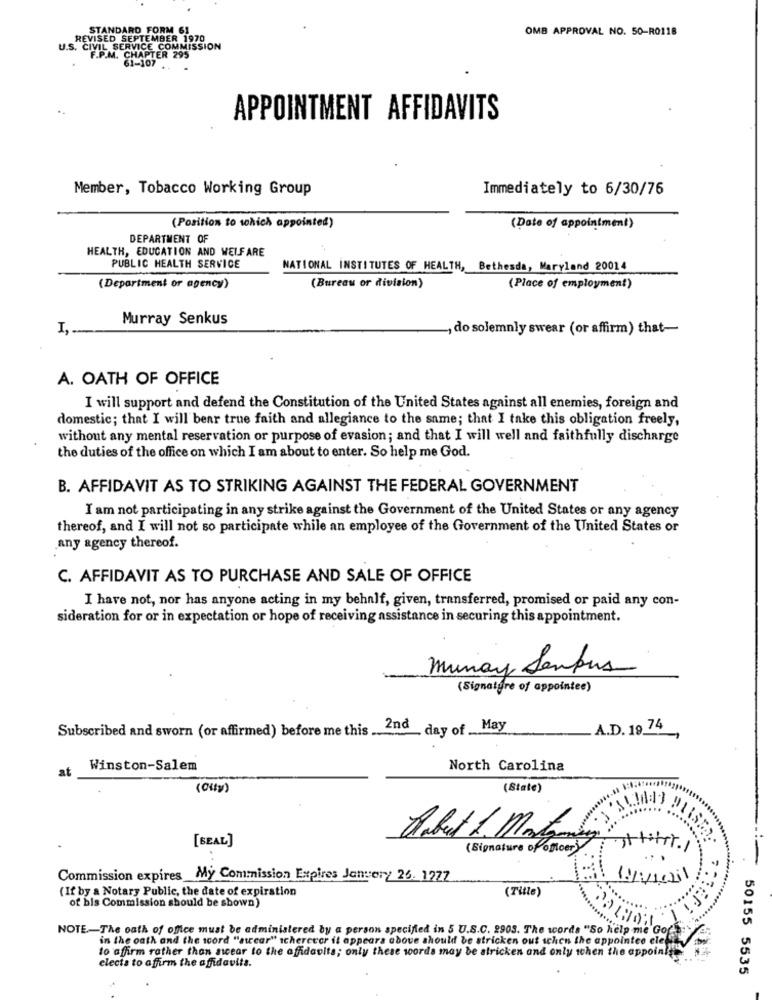
STANDARD FORM 61
OMB APPROVAL NO. 50-R0118
REVISED SEPTEMBER 1970
S. CIVIL SERVICE COMMISSION
F.P.M. CHAPTER 295
61-107
APPOINTMENT AFFIDAVITS
Member, Tobacco Working Group
Immediately to 6/30/76
(Position to which appointed)
(Date of appointment)
DEPARTMENT OF
HEALTH, EDUCATION AND WELFARE
PUBLIC HEALTH SERVICE
NATIONAL INSTITUTES OF HEALTH, Bethesda, Maryland 20014
(Bureau or division)
(Department or agency)
(Place of employment)
Murray Senkus
I ,.
do solemnly swear (or affirm) that-
A. OATH OF OFFICE
I will support and defend the Constitution of the United States against all enemies, foreign and
domestic; that I will bear true faith and allegiance to the same; that I take this obligation freely,
without any mental reservation or purpose of evasion; and that I will well and faithfully discharge
the duties of the office on which I am about to enter. So help me God.
B. AFFIDAVIT AS TO STRIKING AGAINST THE FEDERAL GOVERNMENT
I am not participating in any strike against the Government of the United States or any agency
thereof, and I will not so participate while an employee of the Government of the United States or
any agency thereof.
C. AFFIDAVIT AS TO PURCHASE AND SALE OF OFFICE
I have not, nor has anyone acting in my behalf, given, transferred, promised or paid any con-
sideration for or in expectation or hope of receiving assistance in securing this appointment.
Munay Senpus
( Signature of appointee)
Subscribed and sworn (or affirmed) before me this .. "
2nd day of . May
A.D. 19 74
at
Winston-Salem
North Carolina
(City)
(State)
[BEAL]
Arbet 1. Montoya
( Signature of onoer)
sttitr./
-
Commission expires My Commission Expires Jonvery 26. 1277
(If by a Notary Public, the date of expiration
(Title)
of bis Commission should be shown)
NOTE-The oath of office must be administered by a person specified in 5 U.S.C. 2903. The words "So help me Gor
in the oath and the scord "atrear" schereccr it appears above should be stricken out schen the appointee ele
to affirm rather than awcear to the affidavits; only these words may be stricken and only when the appoinfte
electa to affirm the affidavits.
50155 5535